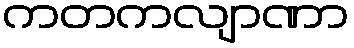
ကတကလျာဏာ